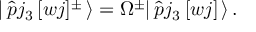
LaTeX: | \, \hat { p } j _ { 3 } \, [ w j ] ^ { \pm } \, \rangle = \Omega ^ { \pm } | \, \hat { p } j _ { 3 } \, [ w j ] \, \rangle \, .